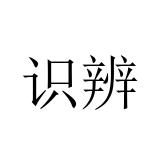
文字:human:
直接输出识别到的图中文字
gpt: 识辨